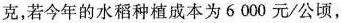
克，若今年的水稻种植成本为6000元/公顷，